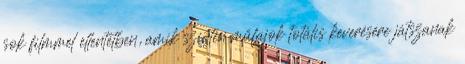
sok filmmel ellentétben, amik szintén műfajok totális keverésére játszanak